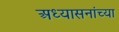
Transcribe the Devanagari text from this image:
अध्यासनांच्या